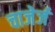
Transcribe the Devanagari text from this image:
चाजेर्ज